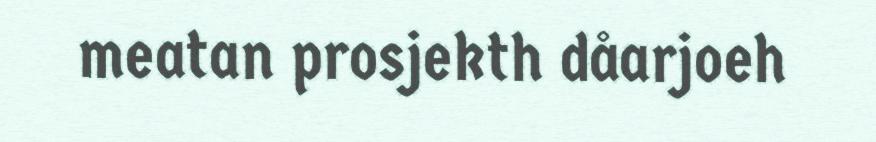
meatan prosjekth dåarjoeh